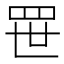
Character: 𬙚